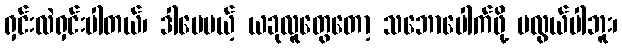
ရှင်းလဲရှင်းပါတယ်၊ ဒါပေမယ့် ယခုလူတွေတော့ သဘောပေါက်ဖို့ မလွယ်ပါဘူး၊